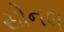
સોનલ